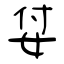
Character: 姇